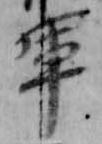
軍